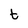
Character: t